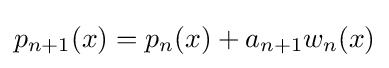
{\textstyle p_{n+1}(x)=p_{n}(x)+a_{n+1}w_{n}(x)}